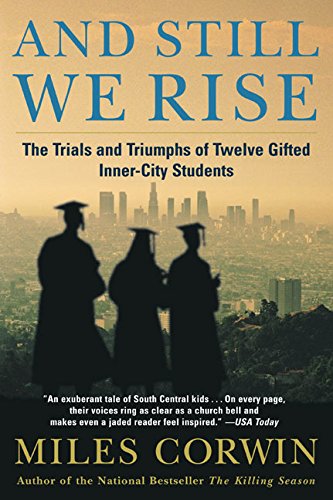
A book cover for And Still We Rise: The Trials and Triumphs of Twelve Gifted Inner-City Students; Miles Corwin; Medical Books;